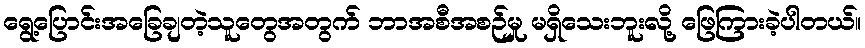
ရွေ့ပြောင်းအခြေချတဲ့သူတွေအတွက် ဘာအစီအစဉ်မှု မရှိသေးဘူးလို့ ဖြေကြားခဲ့ပါတယ်။